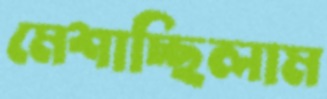
মেশাচ্ছিলাম